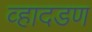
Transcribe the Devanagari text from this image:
व्हादडण